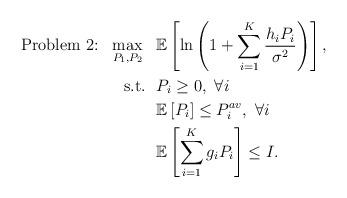
LaTeX: \begin{align*}\mbox{Problem 2:}~~\max_{P_1,P_2}~~ &\mathbb{E}\left[\ln\left(1+\sum_{i=1}^K\frac{h_{i}P_i}{\sigma^2}\right)\right],\\\mbox{s.t.}~~ &P_i\ge 0, ~\forall i\\&\mathbb{E}\left[P_i\right] \le P_i^{av},~\forall i\\&\mathbb{E}\left[\sum_{i=1}^K g_iP_i\right] \le I.\end{align*}